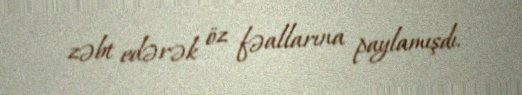
zəbt edərək öz fəallarına paylamışdı.